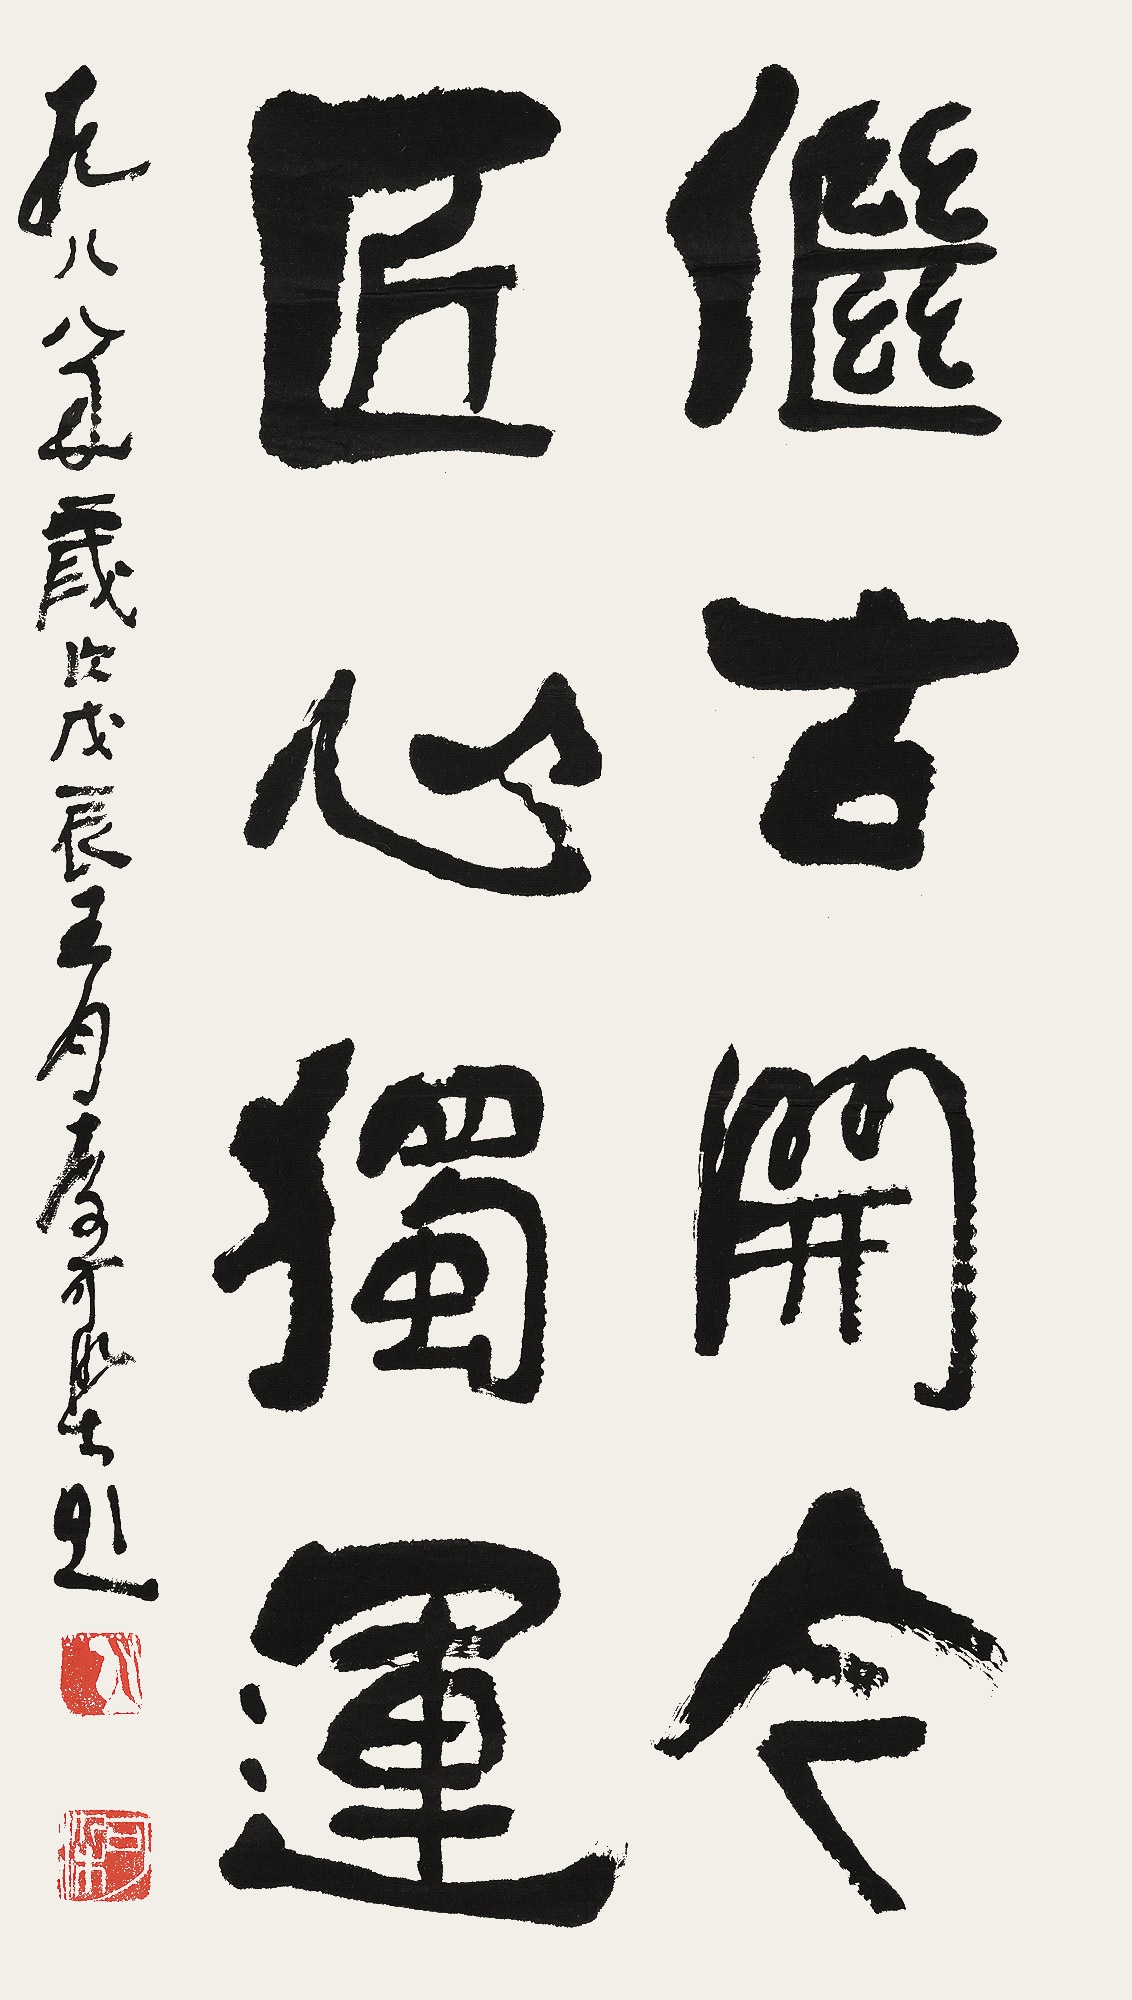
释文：继古开今，匠心独运一九八八年岁次戊辰五月，李可染题。